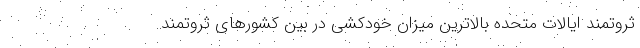
ثروتمند ایالات متحده بالاترین میزان خودکشی در بین کشورهای ثروتمند